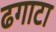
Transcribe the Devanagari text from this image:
ढगाटा